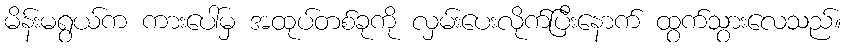
မိန်းမရွယ်က ကားပေါ်မှ အထုပ်တစ်ခုကို လှမ်းပေးလိုက်ပြီးနောက် ထွက်သွားလေသည်။